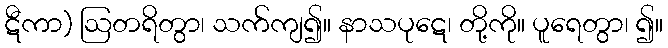
ဋီကာ) ဩတရိတွာ၊ သက်ကျ၍။ နာသပုဋေ၊ တို့ကို။ ပူရေတွာ၊ ၍။